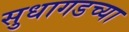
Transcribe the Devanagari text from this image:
सुधागडच्या